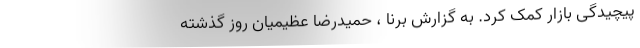
پیچیدگی بازار کمک کرد. به گزارش برنا ، حمید‌رضا عظیمیان روز گذشته